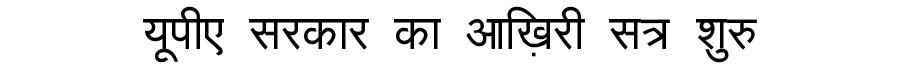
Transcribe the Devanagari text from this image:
यूपीए सरकार का आख़िरी सत्र शुरु